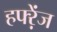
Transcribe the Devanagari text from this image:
हफ्ऱेंज